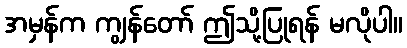
အမှန်က ကျွန်တော် ဤသို့ပြုရန် မလိုပါ။